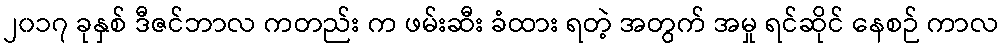
၂၀၁၇ ခုနှစ် ဒီဇင်ဘာလ ကတည်း က ဖမ်းဆီး ခံထား ရတဲ့ အတွက် အမှု ရင်ဆိုင် နေစဉ် ကာလ